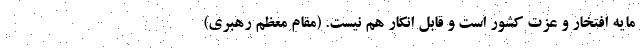
مایه افتخار و عزت کشور است و قابل انکار هم نیست. (مقام معظم رهبری)